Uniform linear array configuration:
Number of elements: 12
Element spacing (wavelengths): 0.5
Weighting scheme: hann
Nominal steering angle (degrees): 60
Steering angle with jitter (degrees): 61.862
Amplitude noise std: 0.05
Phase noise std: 0.05

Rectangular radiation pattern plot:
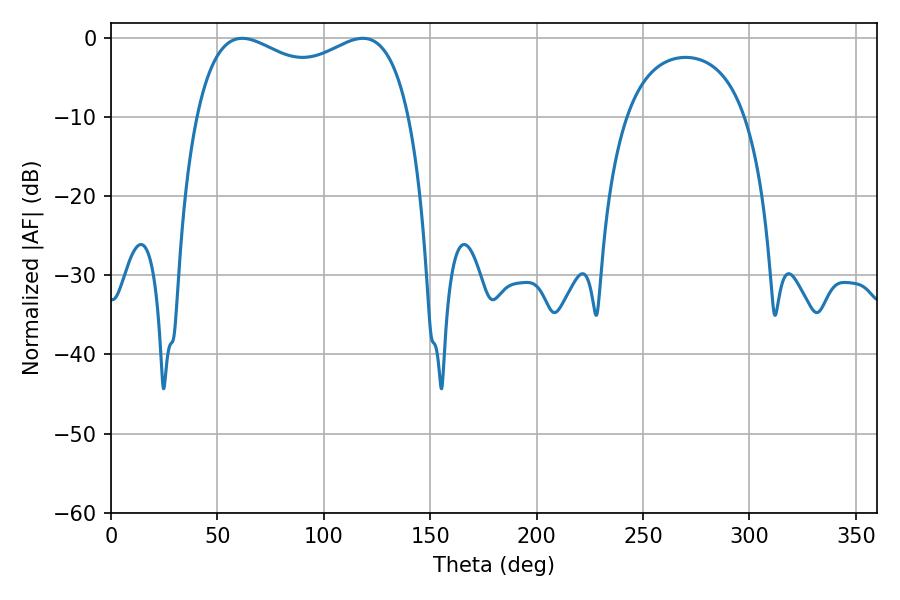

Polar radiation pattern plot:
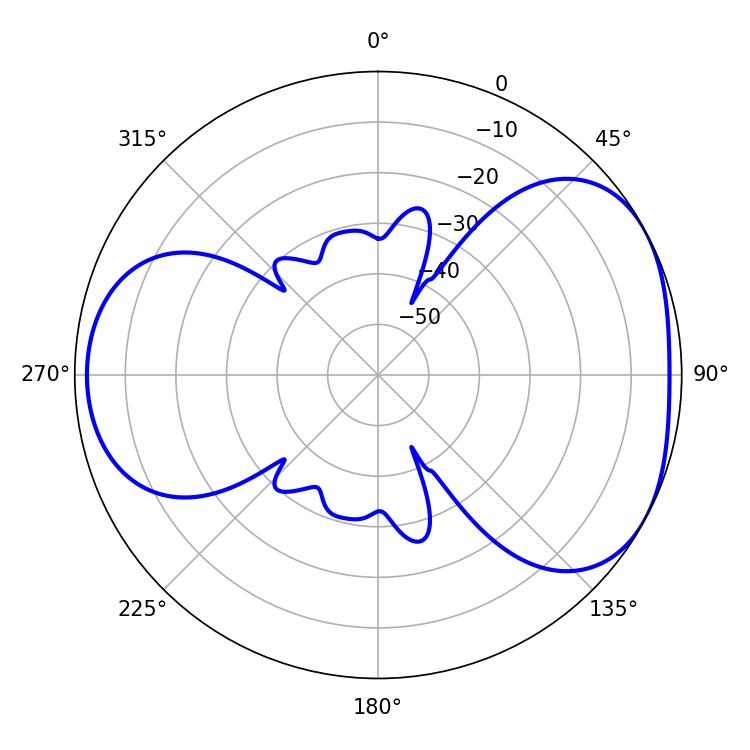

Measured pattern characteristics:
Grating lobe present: FALSE
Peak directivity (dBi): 4.458
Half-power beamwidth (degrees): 83.16
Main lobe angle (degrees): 61.74